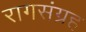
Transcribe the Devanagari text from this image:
रागसंग्रह